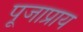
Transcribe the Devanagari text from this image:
पूजाप्राय